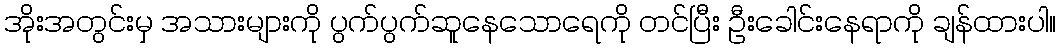
အိုးအတွင်းမှ အသားများကို ပွက်ပွက်ဆူနေသောရေကို တင်ပြီး ဦးခေါင်းနေရာကို ချန်ထားပါ။